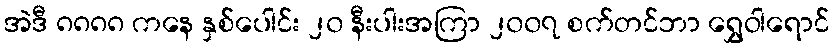
အဲဒီ ၈၈၈၈ ကနေ နှစ်ပေါင်း ၂၀ နီးပါးအကြာ ၂၀၀၇ စက်တင်ဘာ ရွှေဝါရောင်